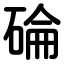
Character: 碖